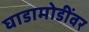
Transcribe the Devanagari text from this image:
घाडामोडींवर